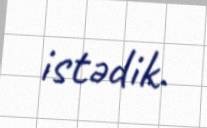
istədik.